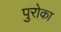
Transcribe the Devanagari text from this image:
पुरोका